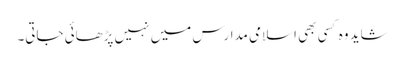
شاید وہ کسی بھی اسلامی مدارس میں نہیں پڑھائی جاتی۔